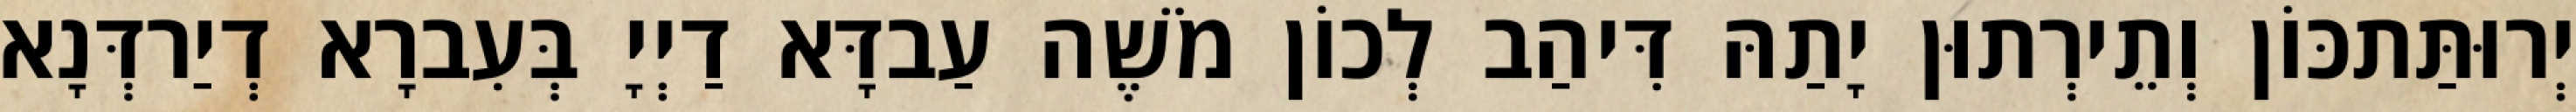
יְרוּתַּתכּוֹן וְתֵירְתוּן יָתַהּ דִּיהַב לְכוֹן מֹשֶׁה עַבדָּא דַיְיָ בְּעִברָא דְיַרדְּנָא